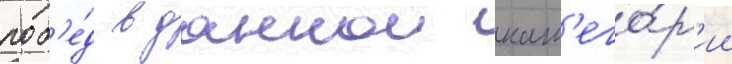
поб'е́д в даннои кат'его́р'ии